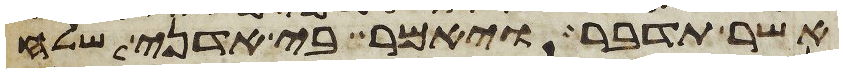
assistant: אשר תדבר ויאמר בי אדני שלח